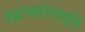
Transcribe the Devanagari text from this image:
खाचरांमध्ये